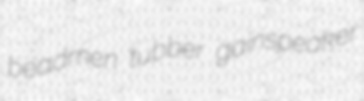
beadmen tubber gainspeaker